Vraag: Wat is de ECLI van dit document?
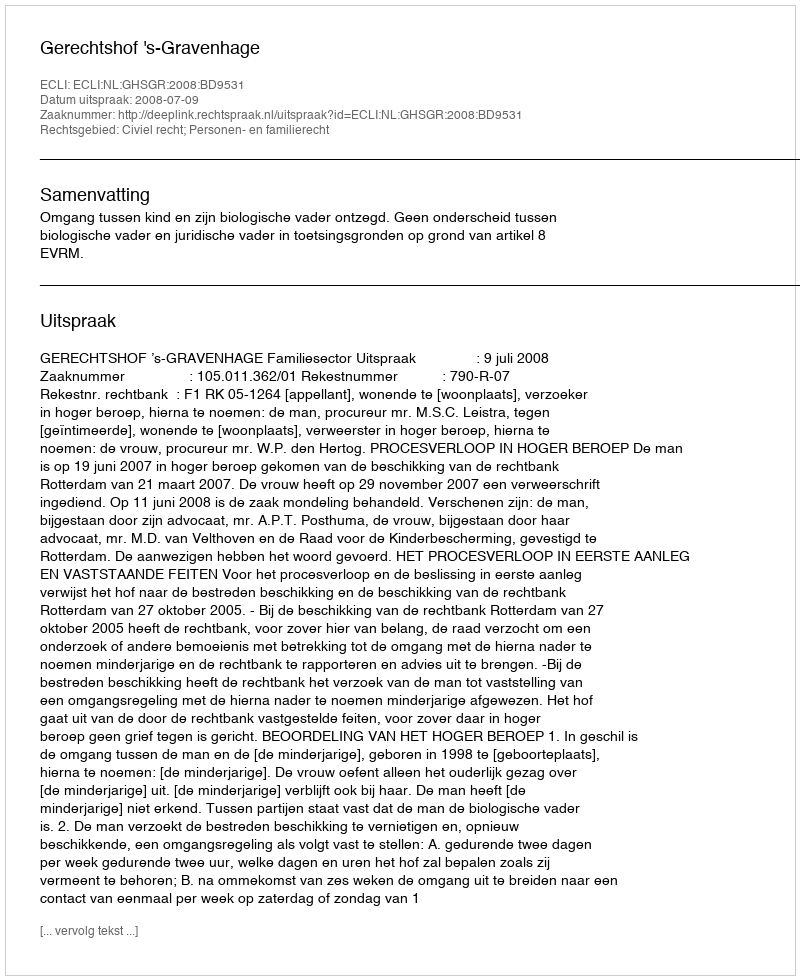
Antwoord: ECLI:NL:GHSGR:2008:BD9531